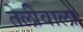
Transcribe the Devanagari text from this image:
तेलीवाला